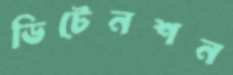
ডিটেনশন